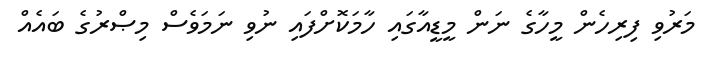
މަރުވި ފިރިހެން މީހާގެ ނަން މީޑީއާގައި ހާމަކޮށްފައި ނުވި ނަމަވެސް މިޞްރުގެ ބައެއް